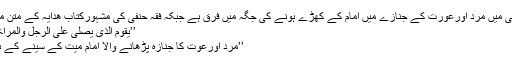
حدیث کی روشنی میں مرد اورعورت کے جنازے میں امام کے کھڑے ہونے کی جگہ میں فرق ہے جبکہ فقہ حنفی کی مشہورکتاب ھدایہ کے متن میں لکھا ہوا ہے:
’’یَقُوْمُ الَّذِیْ یُصَلِّی عَلَی الرَّجُلِ وَالْمَرْأۃِ بِحِذَائِ الصَّدْرِ‘‘
’’مرد اورعوت کا جنازہ پڑھانے والا امام میت کے سینے کے بالمقابل کھڑا ہو۔